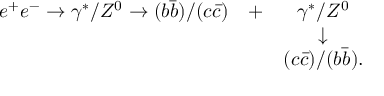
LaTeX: \begin{array} { l c c } { { e ^ { + } e ^ { - } \rightarrow \gamma ^ { * } / Z ^ { 0 } \rightarrow ( b \bar { b } ) / ( c \bar { c } ) } } & { { + } } & { { \gamma ^ { * } / Z ^ { 0 } } } \\ { { } } & { { } } & { { \downarrow } } \\ { { } } & { { } } & { { ( c \bar { c } ) / ( b \bar { b } ) . } } \end{array}